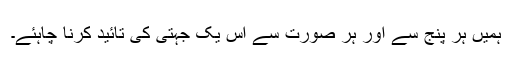
ہمیں ہر پنج سے اور ہر صورت سے اس یک جہتی کی تائید کرنا چاہئے۔